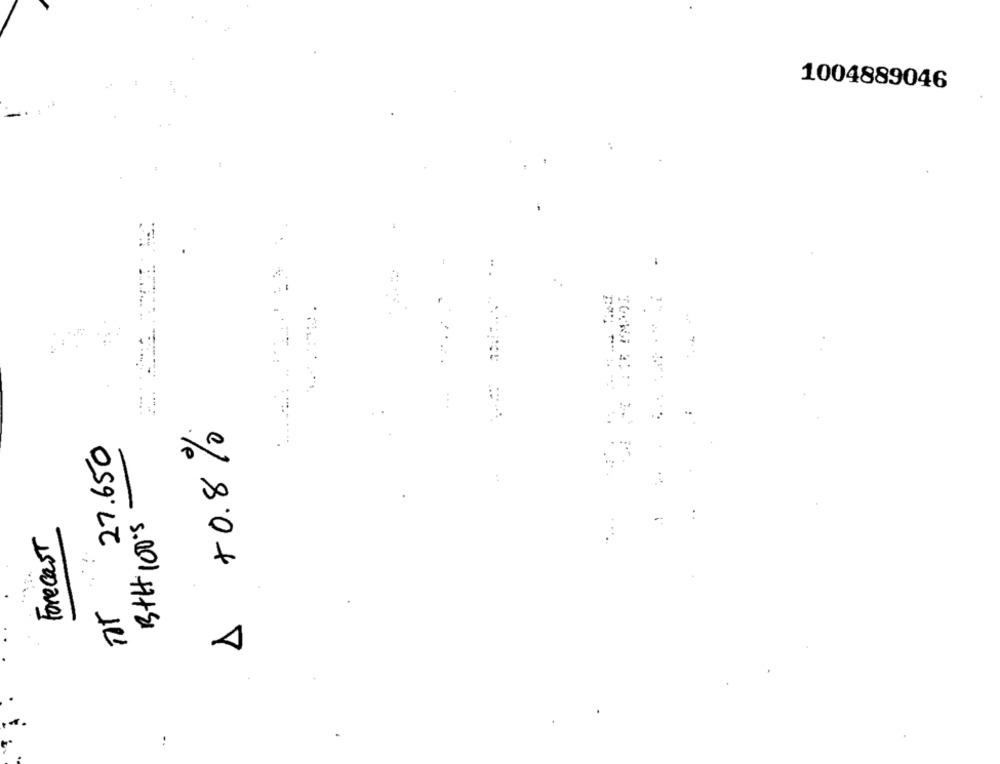
1004889046
-.
$ +0.8%0
27.650
Forecast
- 5.001+1+2
..